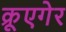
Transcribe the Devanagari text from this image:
क्रूएगेर